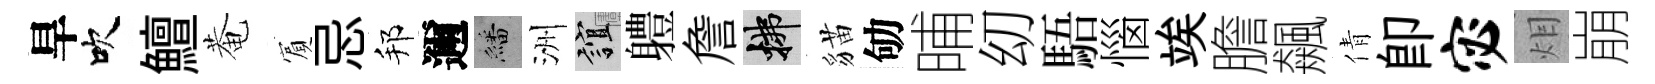
旱吹鱣菴賔忌邦邇繙洲誼軆詹拂貓劬晡㓜䮏惱竢膽飆倩卽宓𤇆崩